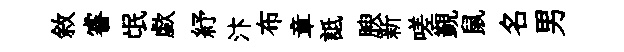
敘睿氓歔紓汴布章詆腴新嗟覲鼠名男